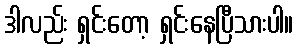
ဒါလည်း ရှင်းတော့ ရှင်းနေပြီသားပါ။